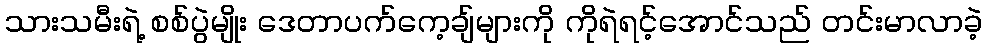
သားသမီးရဲ့ စစ်ပွဲမျိုး ဒေတာပက်ကေ့ချ်များကို ကိုရဲရင့်အောင်သည် တင်းမာလာခဲ့